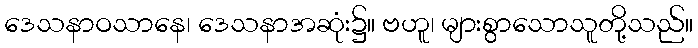
ဒေသနာဝသာနေ၊ ဒေသနာအဆုံး၌။ ဗဟူ၊ များစွာသောသူတို့သည်။